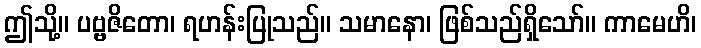
ဤသို့။ ပဗ္ဗဇိတော၊ ရဟန်းပြုသည်။ သမာနော၊ ဖြစ်သည်ရှိသော်။ ကာမေဟိ၊